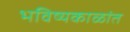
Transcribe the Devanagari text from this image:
भविष्यकाळांत